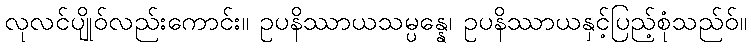
လုလင်ပျိုဝ်လည်းကောင်း။ ဥပနိဿာယသမ္ပန္နေ၊ ဥပနိဿာယနှင့်ပြည့်စုံသည်ဝ်။